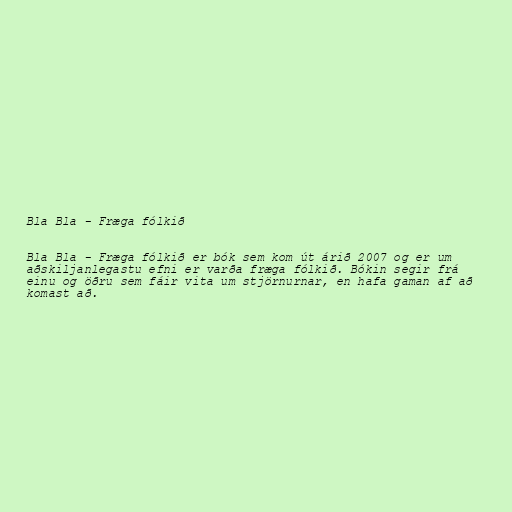
Bla Bla - Fræga fólkið

Bla Bla - Fræga fólkið er bók sem kom út árið 2007 og er um
aðskiljanlegastu efni er varða fræga fólkið. Bókin segir frá
einu og öðru sem fáir vita um stjörnurnar, en hafa gaman af að
komast að.